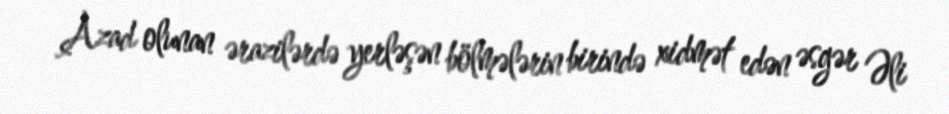
Azad olunan ərazilərdə yerləşən bölmələrin birində xidmət edən əsgər Əli